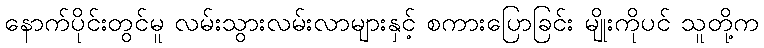
နောက်ပိုင်းတွင်မူ လမ်းသွားလမ်းလာများနှင့် စကားပြောခြင်း မျိုးကိုပင် သူတို့က